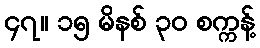
၄၇။ ၁၅ မိနစ် ၃၀ စက္ကန့်